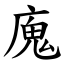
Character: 廆